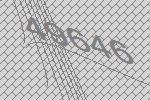
49646